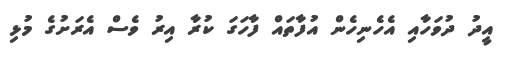
އީދު ދުވަހާއި އެހެނިހެން އުފާތައް ފާހަގަ ކުރާ އިރު ވެސް އެރަށުގެ މުޅި